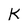
Character: K